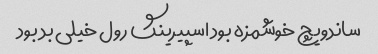
ساندویچ خوشمزه بود اسپیرینگ رول خیلی بد بود